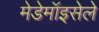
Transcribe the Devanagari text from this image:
मेडेमॉइसेले